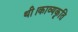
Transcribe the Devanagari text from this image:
थी।काव्यकृति